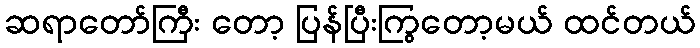
ဆရာတော်ကြီး တော့ ပြန်ပြီးကြွတော့မယ် ထင်တယ်